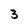
Character: 3